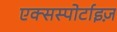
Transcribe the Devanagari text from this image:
एक्सस्पोर्टाइज़